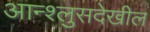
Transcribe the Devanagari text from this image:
आन्श्लुसदेखील